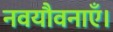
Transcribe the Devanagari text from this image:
नवयौवनाएँ।